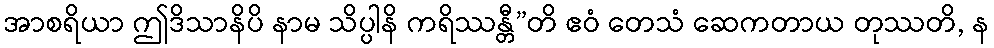
အာစရိယာ ဤဒိသာနိပိ နာမ သိပ္ပါနိ ကရိဿန္တီ”တိ ဧဝံ တေသံ ဆေကတာယ တုဿတိ, န